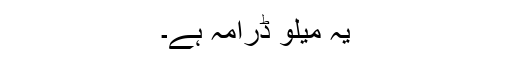
یہ میلو ڈرامہ ہے۔